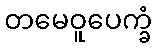
တမေဝူပေက္ခံ